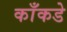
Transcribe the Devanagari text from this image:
काँकडे